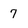
Character: 7